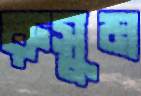
রুসুম